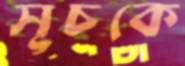
সূচকে